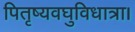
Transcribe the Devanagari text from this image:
पितृष्यवघुविधात्रा।